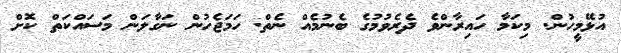
އުޅޭމީހުން. މިކަމާ ހައިރާންވެ ދެރެވުމުގެ ބެނުމެއް ނެތް. ހަމަޖެހުން ނަގާލަން މަސައްކަތް ކޮށް